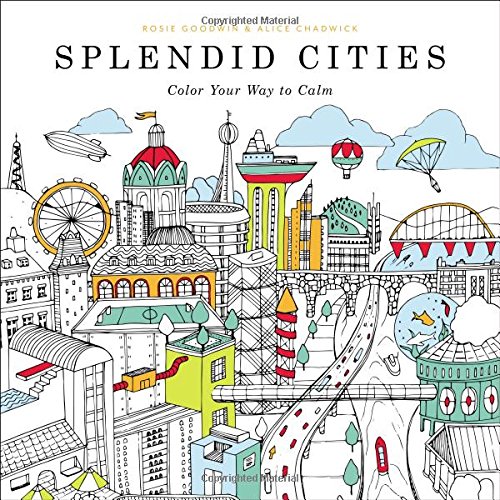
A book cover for Splendid Cities: Color Your Way to Calm; Humor & Entertainment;